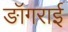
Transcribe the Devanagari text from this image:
ङॉगराई